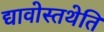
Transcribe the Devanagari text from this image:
द्यावोस्तथेति